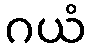
ဂယံ